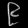
Digit: ၉